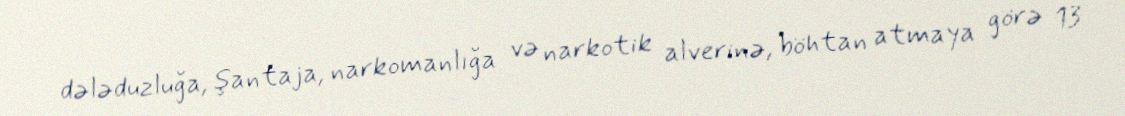
dələduzluğa, şantaja, narkomanlığa və narkotik alverinə, böhtan atmaya görə 13